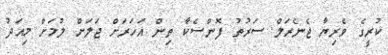
ކުރީގެ ވެރިޔާ ޖެނެރަލް ސަރުތު ފޮންސެކާ ތިން އަހަރަށް ޖަލަށް ލުމަށް މިއަދު